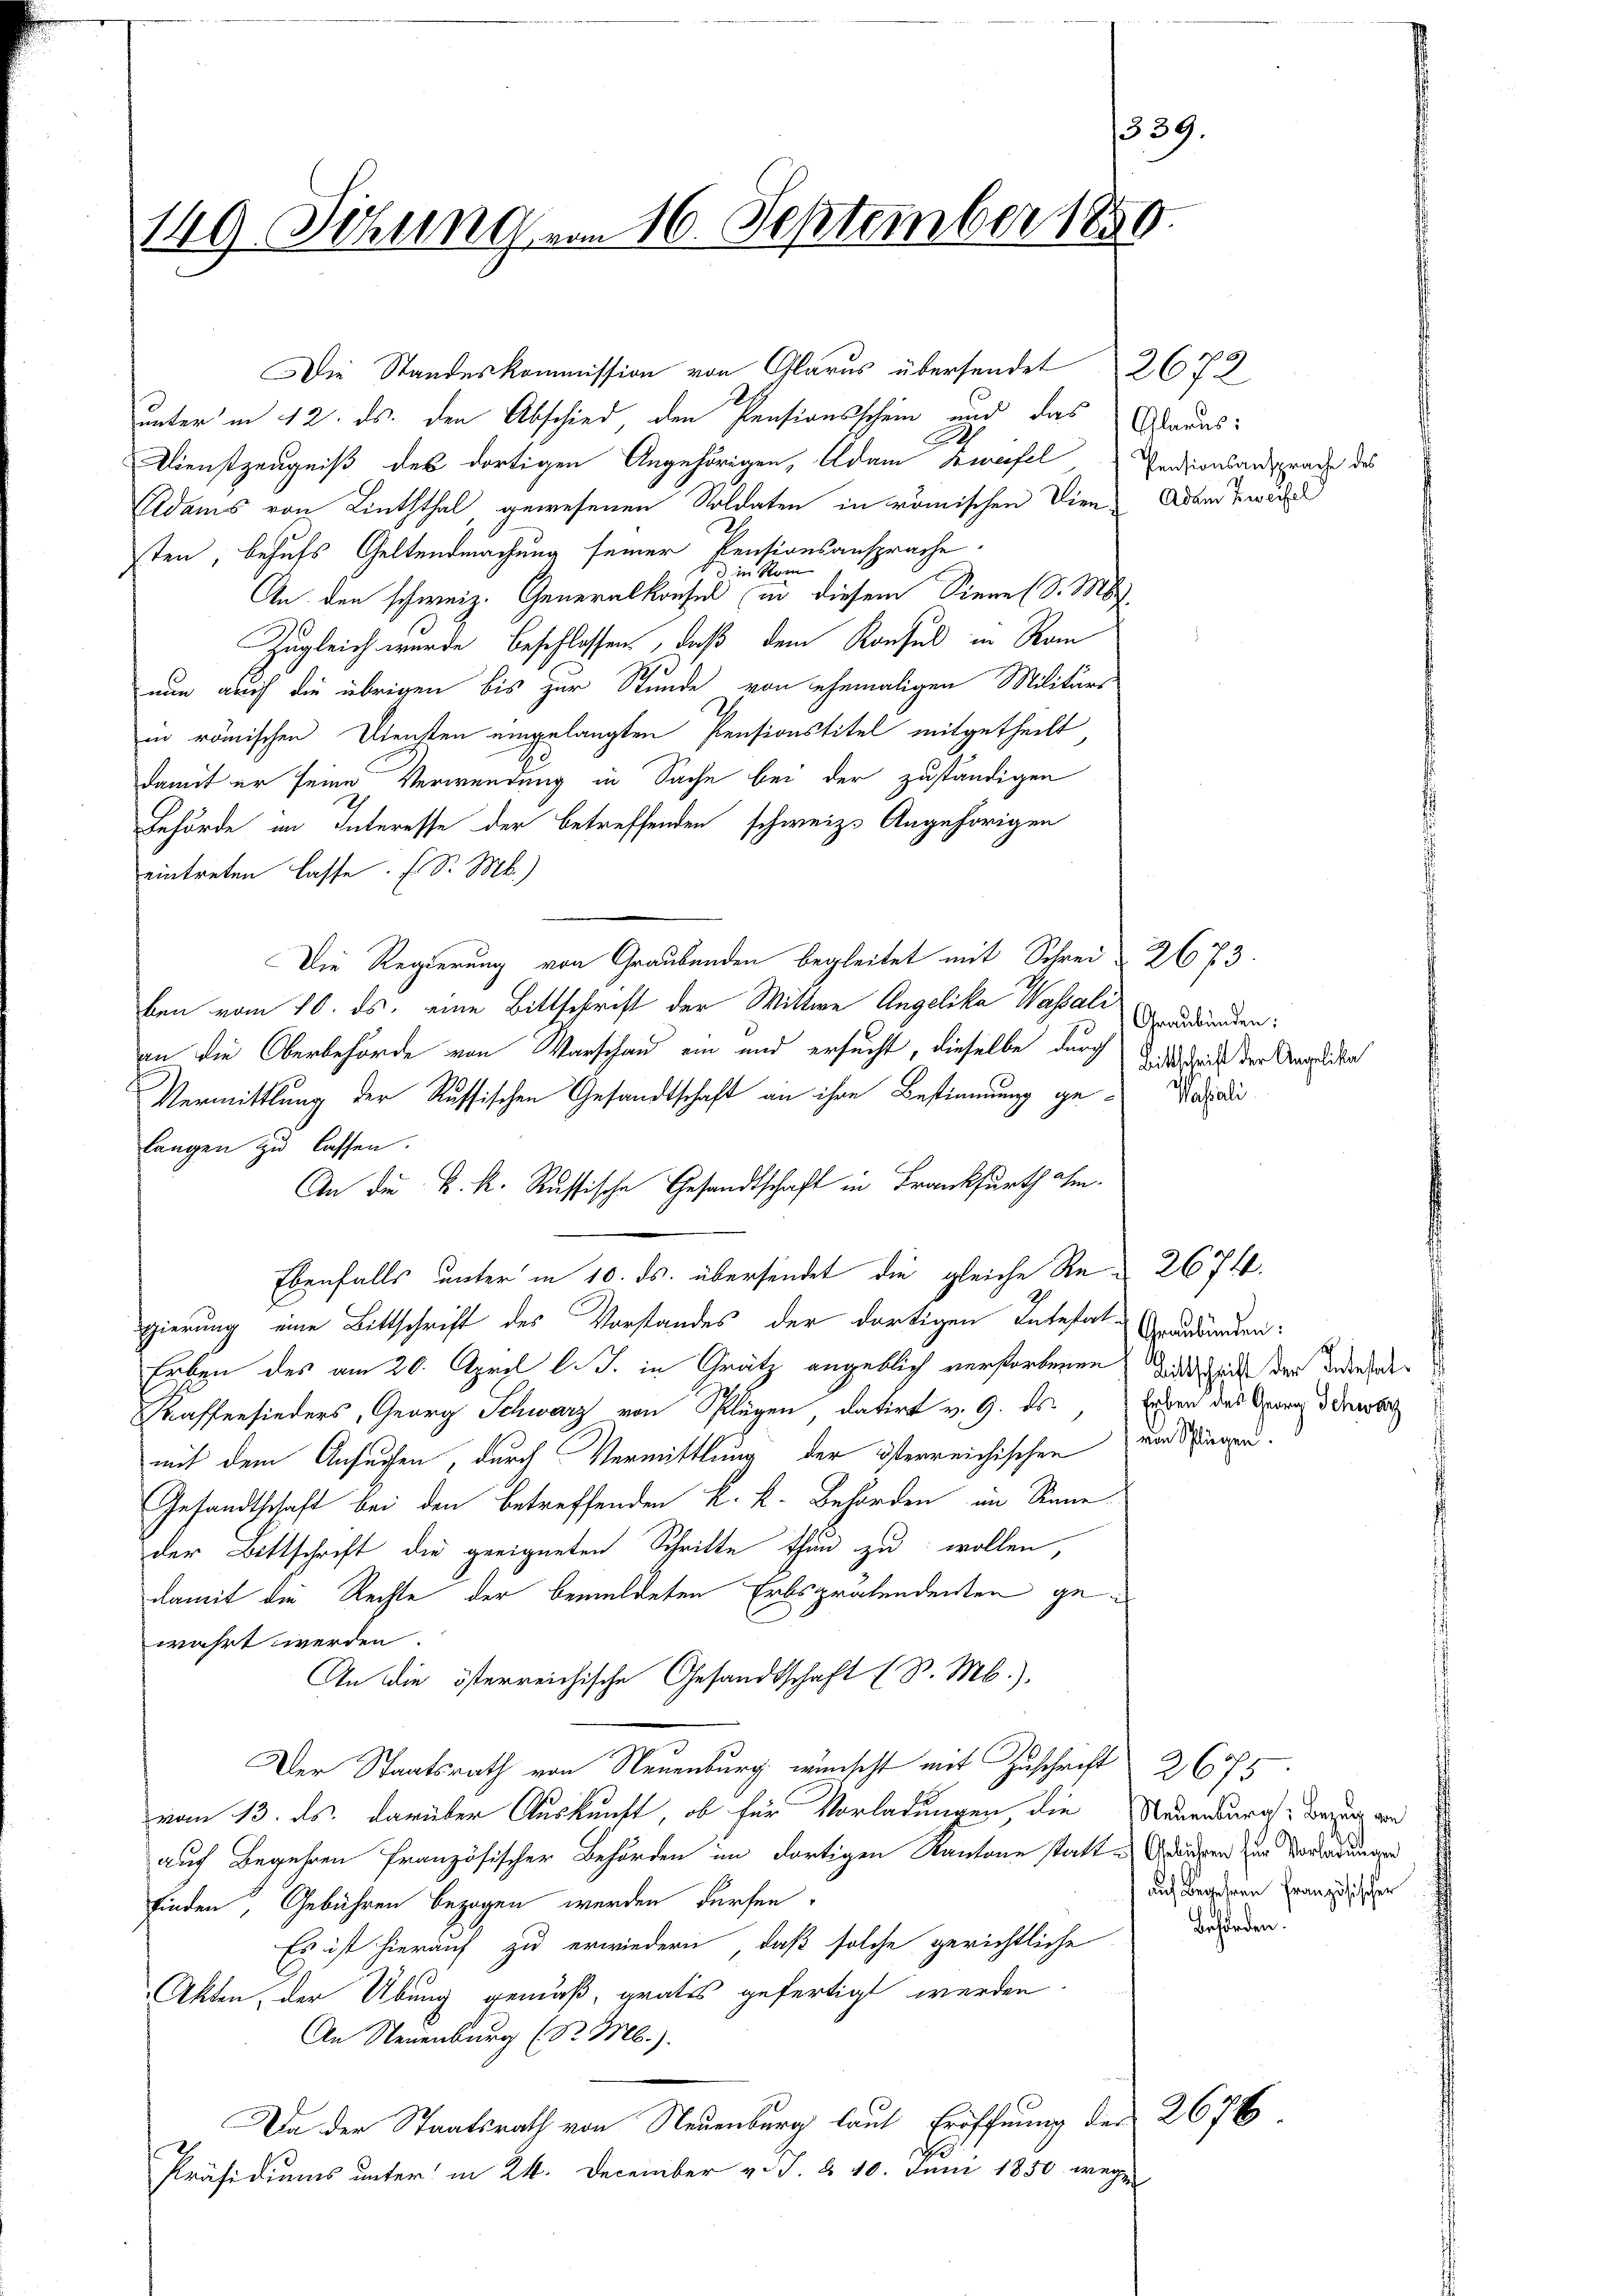
149. Sitzung vom 16. September 1850.

unter in 12. ds. den Abschied den Pensionsschein und das
Dienstzeugniß des dortigen Angehörigen, Adam Zweifel Pensionsansprache des
Adams von Linththal gewesenen Soldaten in römischen Dien- Adam Bewirk
sten, behufs Geltendmachung seiner Pensionsansprache.
An den schweiz. Generalkonsul in diesem Sinne (d. Ms.
Zugleich wurde beschlossens, daß dem Konsul in Ra
nun auch die übrigen bis zur Stunde von ehemaligen Militärs
in römischen Diensten eingelangten Pensionstitel mitgetheilt,
damit er seine Verwendung in Sache bei der zuständigen
Behörde im Interesse der betreffenden schweiz. Angehörigen
eintreten lasse. E. S. M.)
Die Regierung von Graubünden begleitet mit Schrei 2673.
ben vom 10. ds. eine Bittschrift der Wittwe Angelika Wassati addirten:
an die Oberbehörde von Warschau ein und ersucht, dieselbe durch Bittsdruck der Angeleiste
Vermittlung der Russischen Gesandtschaft an ihre Bestimmung ge-Dapodi
langen zu lassen.
An die k. k. Russische Gesandtschaft in Frankfurth ihm.
Ebenfalls unter in 10. ds. übersendet die gleiche Re- 2674.
gierung eine Bittschrift des Vorstandes der dortigen Intestal Graubarden:
Erben des am 20. April l. J. in Grätz angeblich verstorbenen die ich der Beerde
Kaffensieders, Georg Schwarz von Plügen datirt v. 9. ds., Erben das Gerich derober
mit dem Ansuchen, durch Vermittlung der österreichischen von Siegen¬
Gesandtschaft bei den betreffenden K. K. Behörden im Sinne
der Bittschrift die geeigneten Schritte thun zu wollen,
damit die Rechte der bemeldeten Erbsprätendensten gewahrt werden.
An die österreichische Gesandtschaft (S. M.).
Der Staatsrath von Neuenburg wünscht mit Zuschrift 2675
vom 13. ds. darüber Auskunft, ob für Vorladungen, die Neuenburg Bezug von
auch Begehren französischer Behörden im dortigen Kantone statt u Gewändern zur Vorladungen
finden, Gebühren bezogen werden dürfen.
Es ist hierauf zu erwiedern, daß solche gerichtliche
Akten, der Übung gemäß, grates gefertigt werden.
An Neuenburg (S. Mb.).
Da der Staatsrath von Neuenburg laut Eröffnung der 2676
Präsidiums unter in 24. December v. J. § 10. Juni 1850 wegen

Die Standeskommission von Glarus übersendet 2672

339.

Glarus:

auf Begehren französischer
Behörden.